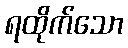
ရထိုက်သော